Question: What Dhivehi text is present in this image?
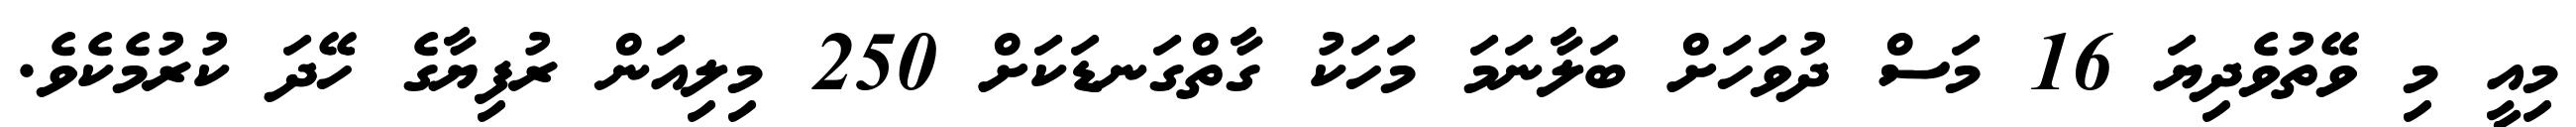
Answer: މިއީ މި ވޭތުވެދިޔަ 16 މަސް ދުވަހަށް ބަލާނަމަ މަހަކު ގާތްގަނޑަކަށް 250 މިލިއަން ރުފިޔާގެ ހޭދަ ކުރުމެކެވެ.